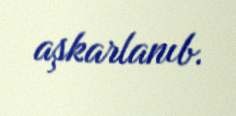
aşkarlanıb.